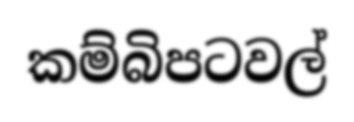
කම්බිපටවල්